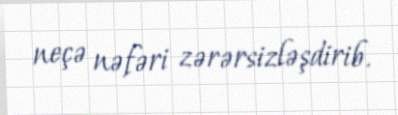
neçə nəfəri zərərsizləşdirib.